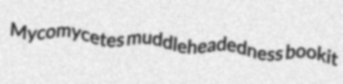
Mycomycetes muddleheadedness bookit